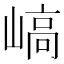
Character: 嵪